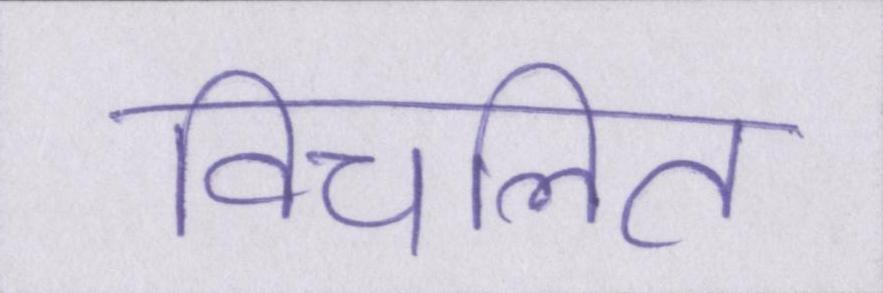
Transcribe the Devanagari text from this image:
विचलित